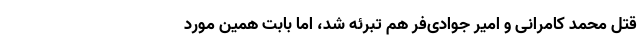
قتل محمد کامرانی و امیر جوادی‌فر هم تبرئه شد، اما بابت همین مورد